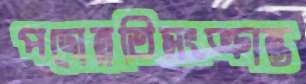
পদোন্নতিসংক্রান্ত